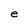
Character: e